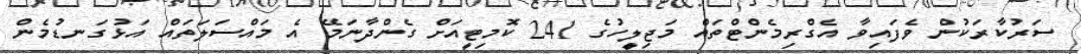
ސަރުކާރަކުން ވެފައިވާ އެގްރިމެންޓްތައް މަޖިލީހުގެ 241 ކޮމިޓީއަށް ގެންދާނަމޭ އެ މައްސަލަތައް އަޅުގަނޑުމެން